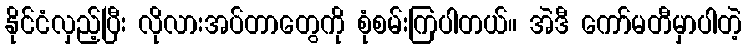
နိုင်ငံလှည့်ပြီး လိုလားအပ်တာတွေကို စုံစမ်းကြပါတယ်။ အဲဒီ ကော်မတီမှာပါတဲ့